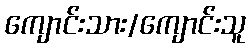
ကျောင်းသား/ကျောင်းသူ